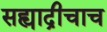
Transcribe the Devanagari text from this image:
सह्याद्रीचाच